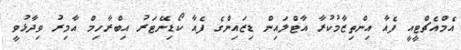
އެމްއެޗްޓީއީ ފެއާ އިންތިޒާމުކުރާ އާޓްލައިން ޑިޒައިންގެ ފެއާ ކޯޑިނޭޓަރު އިބްރާހިމް އާމިރު ވިދާޅުވީ